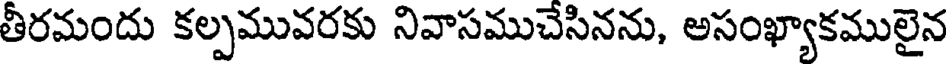
తీరమందు కల్పమువరకు నివాసముచేసినను, అసంఖ్యాకములైన